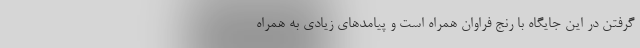
گرفتن در این جایگاه با رنج فراوان همراه است و پیامدهای زیادی به همراه